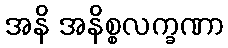
အနိ အနိစ္စလက္ခဏာ